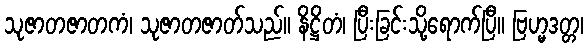
သုဇာတဇာတကံ၊ သုဇာတဇာတ်သည်။ နိဋ္ဌိတံ၊ ပြီးခြင်းသို့ရောက်ပြီ။ ဗြဟ္မဒတ္တ၊